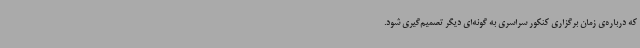
که درباره‌ی زمان برگزاری کنکور سراسری به گونه‌ای دیگر تصمیم‌گیری شود.